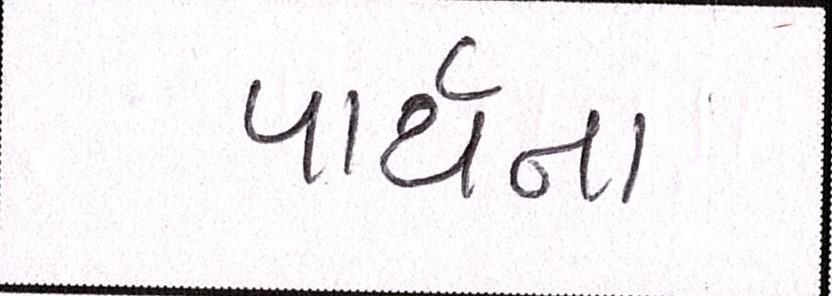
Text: પાર્થના